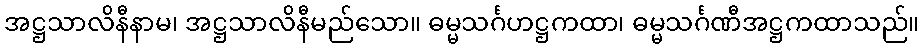
အဋ္ဌသာလိနီနာမ၊ အဋ္ဌသာလိနီမည်သော။ ဓမ္မသင်္ဂဟဋ္ဌကထာ၊ ဓမ္မသင်္ဂဏီအဋ္ဌကထာသည်။